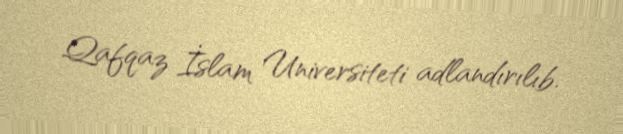
Qafqaz İslam Universiteti adlandırılıb.